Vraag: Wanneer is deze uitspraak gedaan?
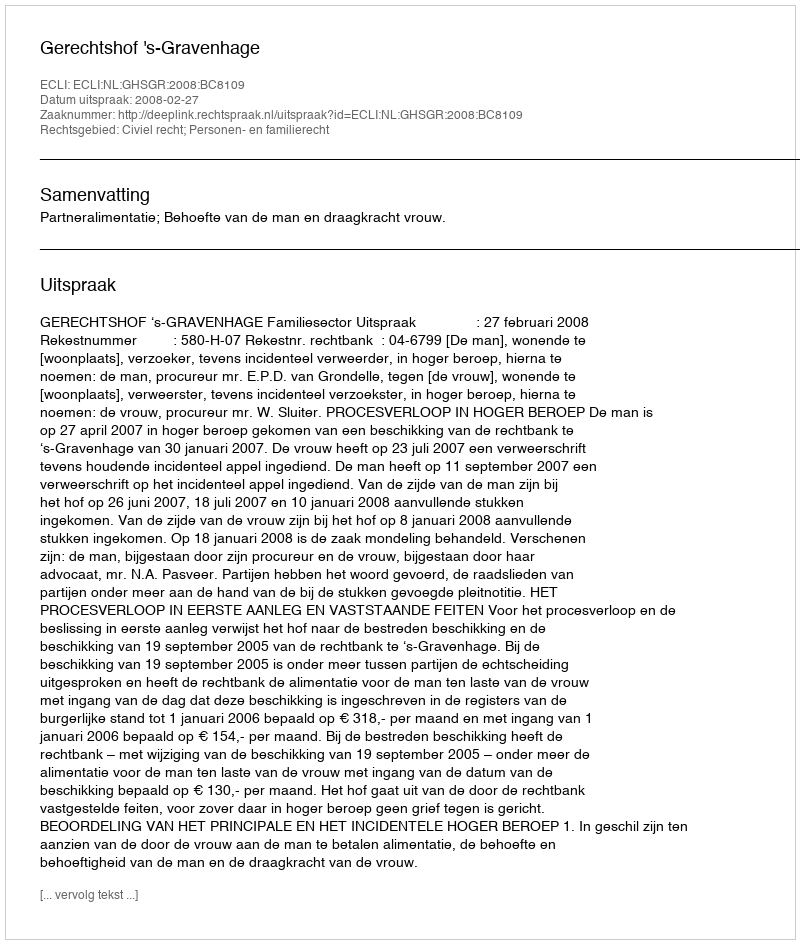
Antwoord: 2008-02-27